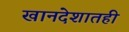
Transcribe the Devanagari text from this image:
खानदेशातही